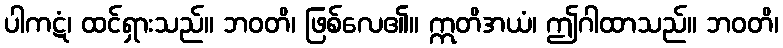
ပါကဋံ၊ ထင်ရှားသည်။ ဘဝတိ၊ ဖြစ်လေ၏။ ဣတိအယံ၊ ဤဂါထာသည်။ ဘဝတိ၊